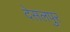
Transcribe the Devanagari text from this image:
देसलपुर